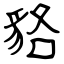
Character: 貉